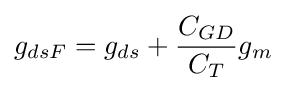
g_{dsF}=g_{ds}+{\frac {C_{GD}}{C_{T}}}g_{m}